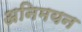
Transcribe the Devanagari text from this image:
अनिमयन